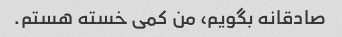
صادقانه بگویم، من کمی خسته هستم.